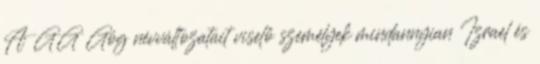
A GG Góg névváltozatait viselő személyek mindannyian Izrael és